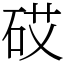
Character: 砹